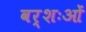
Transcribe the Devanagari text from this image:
वर्शःओं